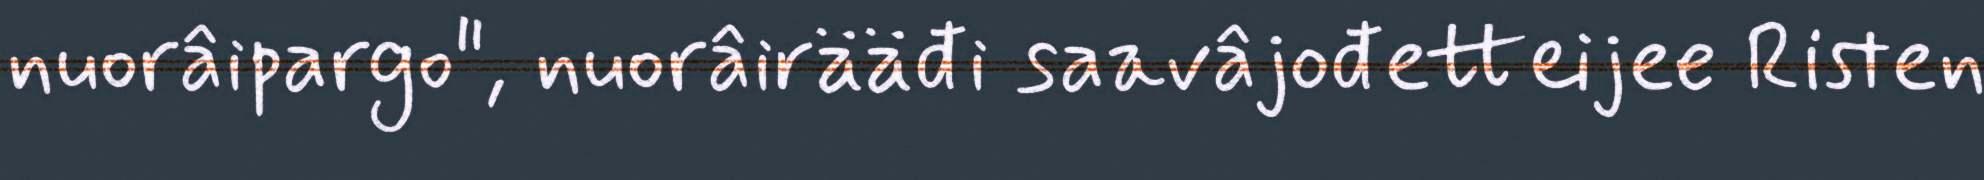
nuorâipargo", nuorâirääđi saavâjođetteijee Risten